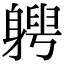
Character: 𨉯